system: You are a helpful assistant.
user:
Analyze the provided spectrum to determine if it is a **S-type Star**.

- **Key Indicators for S-type Star:**

    - **(Overall Spectrum Shape):** The first and most obvious characteristic is the overall continuum (the "baseline" shape). It is **extremely "red-sloping,"** meaning the flux (light intensity) is very low on the left side (blue, ~4000-4500 Å) and rises steeply and continuously toward the right side (red, ~7000 Å+).

    - **(Primary):** The spectrum is defined by the presence of strong, broad molecular absorption "valleys" (bands) from **Zirconium Oxide (ZrO)**. The identification of these bands is the **primary requirement** for classifying a star as S-type.
        - **(Key Bandheads):** You must find distinct, deep "dips" where the light has been absorbed. The most critical band systems to locate are:
            - **~6474 Å** ($\gamma$-system): This is often the strongest and clearest ZrO feature, found in the red part of the spectrum.
            - **~5718 Å** & **~5551 Å** ($\beta$-system): A pair of prominent absorption features in the yellow-orange part of the spectrum.
            - **~4640 Å** ($\alpha$-system): A key absorption band system in the blue-green region of the spectrum.

    - **(Secondary Confirmation):** The classification is strengthened by finding additional absorption bands from other related heavy element oxides, which are expected to be present alongside ZrO.
        - **(Key Bandheads):**
            - **Yttrium Oxide (YO):** Look for absorption dips near **~4800 Å** and **~6100 Å**.
            - **Lanthanum Oxide (LaO):** Additional absorption features, particularly in the red-orange part of the spectrum, are also characteristic.

    - **(Line Profile):** The combination of the steep red continuum and these numerous, deep molecular bands (ZrO, YO, etc.) gives the entire spectrum a very **"chopped-up"** or **"bumpy"** appearance. Instead of a smooth curve, the spectrum looks as though large, wide chunks of light have been "carved out" of it at the specific wavelengths listed above.

Think first, call **spectral_visualization_tool** if needed to examine features in detail, then provide your final answer. Your response must adhere to the following strict rules:
1.  **Overall Structure:** Your response must follow the format `<think>...</think> <tool_call>...</tool_call> (if a tool is used) <answer>...</answer>`.
2.  **Tool Usage Constraint:** You may only make **one** tool call per turn.
3.  **Final Answer Format:** In the `<answer>` tag, your conclusion must be inside a `\boxed{}` command (e.g., `\boxed{YES}` or `\boxed{NO}`), followed by your justification.

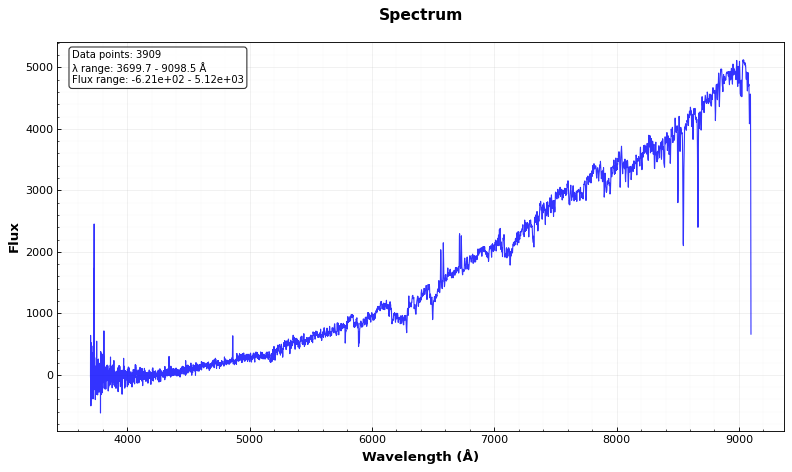
Answer: YES